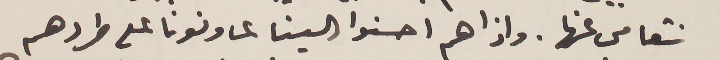
نتعامى عنها. واذا هم احسنوا الينا عاونونا على طردهم